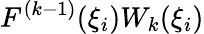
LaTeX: F^{(k-1)}(\xi_{i})W_{k}(\xi_{i})